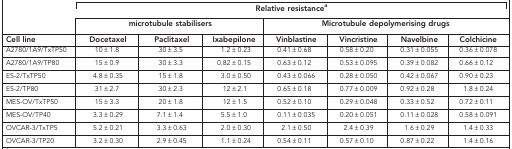
<table><thead><tr><td>[EMPTY_CELL]</td><td colspan="7"><b>Relative resistancea</b></td></tr><tr><td>[EMPTY_CELL]</td><td colspan="3"><b>microtubule stabilisers</b></td><td colspan="4"><b>Microtubule depolymerising drugs</b></td></tr><tr><td><b>Cell line</b></td><td><b>Docetaxel</b></td><td><b>Paclitaxel</b></td><td><b>Ixabepilone</b></td><td><b>Vinblastine</b></td><td><b>Vincristine</b></td><td><b>Navelbine</b></td><td><b>Colchicine</b></td></tr></thead><tbody><tr><td>A2780/1A9/TxTP50</td><td>10±1.8</td><td>30±3.5</td><td>1.2±0.23</td><td>0.41±0.68</td><td>0.58±0.20</td><td>0.31±0.055</td><td>0.36±0.078</td></tr><tr><td>A2780/1A9/TP80</td><td>15±0.9</td><td>30±3.3</td><td>0.82±0.15</td><td>0.63±0.12</td><td>0.53±0.095</td><td>0.39±0.082</td><td>0.66±0.12</td></tr><tr><td>ES-2/TxTP50</td><td>4.8±0.35</td><td>15±1.8</td><td>3.0±0.50</td><td>0.43±0.066</td><td>0.28±0.050</td><td>0.42±0.067</td><td>0.90±0.23</td></tr><tr><td>ES-2/TP80</td><td>31±2.7</td><td>30±2.3</td><td>12±2.1</td><td>0.65±0.18</td><td>0.77±0.009</td><td>0.92±0.28</td><td>1.8±0.24</td></tr><tr><td>MES-OV/TxTP50</td><td>15±3.3</td><td>20±1.8</td><td>12±1.5</td><td>0.52±0.10</td><td>0.29±0.048</td><td>0.33±0.52</td><td>0.72±0.11</td></tr><tr><td>MES-OV/TP40</td><td>3.3±0.29</td><td>7.1±1.4</td><td>5.5±1.0</td><td>0.11±0.035</td><td>0.20±0.051</td><td>0.11±0.028</td><td>0.58±0.091</td></tr><tr><td>OVCAR-3/TxTP5</td><td>5.2±0.21</td><td>3.3±0.63</td><td>2.0±0.30</td><td>2.1±0.50</td><td>2.4±0.39</td><td>1.6±0.29</td><td>1.4±0.33</td></tr><tr><td>OVCAR-3/TP20</td><td>3.2±0.30</td><td>2.9±0.45</td><td>1.1±0.24</td><td>0.54±0.11</td><td>0.57±0.10</td><td>0.87±0.22</td><td>1.4±0.16</td></tr></tbody></table>